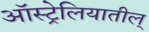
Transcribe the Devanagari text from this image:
ऑस्ट्रेलियातील्